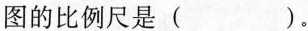
图的比例尺是( )。